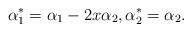
LaTeX: \begin{align*}\alpha^*_1=\alpha_1-2x\alpha_2,\alpha^*_2=\alpha_2.\end{align*}